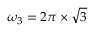
\omega _ { 3 } = 2 \pi \times \sqrt { 3 }